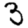
Digit: 3